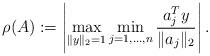
LaTeX: \begin{align*}\rho(A):=\left|\max_{\|y\|_{2}=1}\min_{j=1,\dots,n}\frac{a_{j}^{T}y}{\|a_{j}\|_{2}}\right|.\end{align*}